Document type: Emphyteutic lease
Year: 1276
Scribe: Pere de Roca
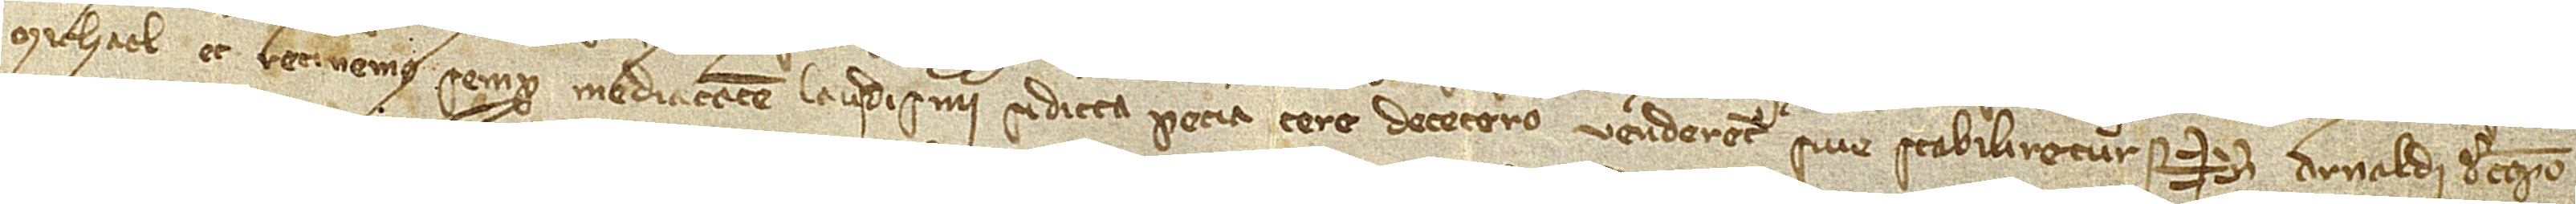
Michael, et retinemus semper medietatem laudismii si dicta pecia tere decetero venderetur sive stabiliretur.  Sig+num Arnaldi de Campo,